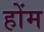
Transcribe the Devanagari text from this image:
होंम